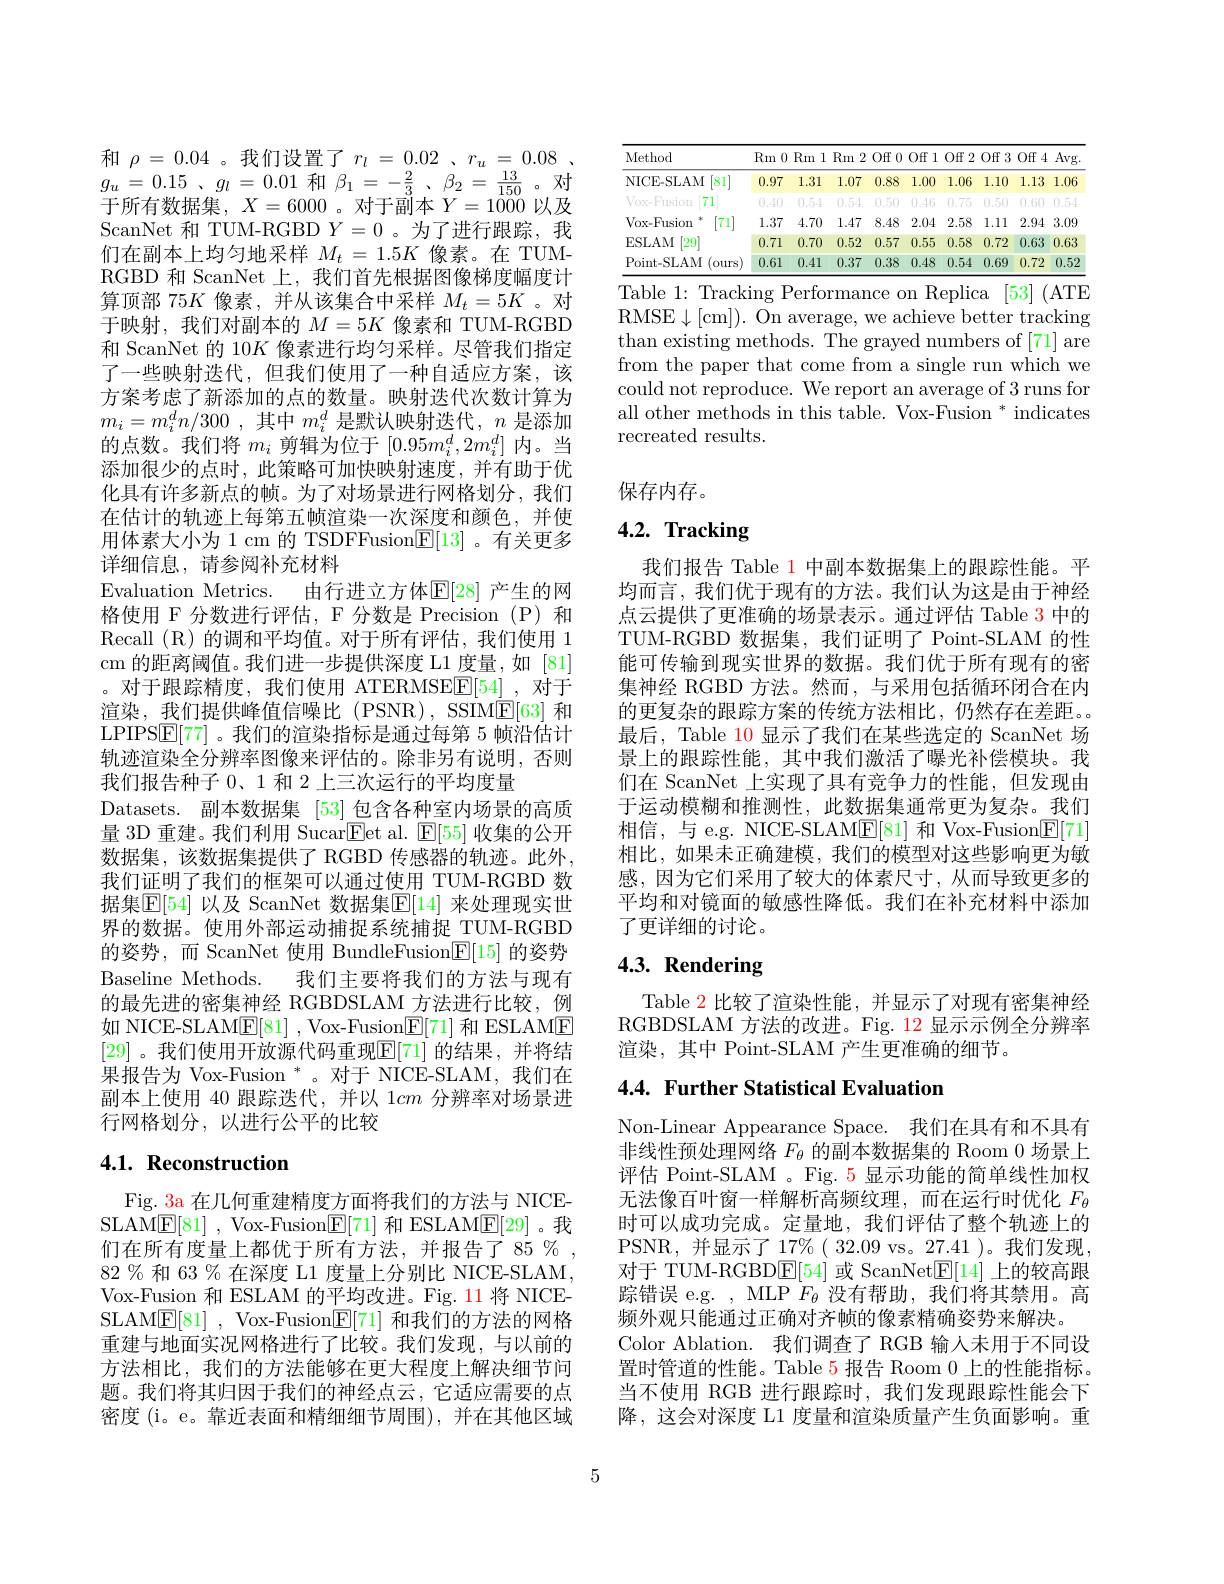
和$\rho=0.04$ 。我们设置了$r_l=0.02$ 、$r_u=0.08$ , $g_u= 0. 15$ $、 g_l$ = 0.01 和$\beta _1$ = $- \frac 23$ , $\beta _2$ = $\frac {13}{150}$ 。对于所有数据集，$X=6000$ 。对于副本$Y=1000$以及ScanNet 和 TUM-RGBD $Y=0$ 。为了进行跟踪，我们在副本上均匀地采样$M_t=1.5K$像素。在 TUMRGBD 和 ScanNet 上，我们首先根据图像梯度幅度计算顶部 75$K$像素，并从该集合中采样$M_t=5K$ 。对于映射，我们对副本的$M=5K$像素和 TUM-RGBD 和 ScanNet 的 10$K$像素进行均匀采样。尽管我们指定了一些映射迭代，但我们使用了一种自适应方案，该方案考虑了新添加的点的数量。映射迭代次数计算为$m_{i}= m_{i}^dn/ 300$ ,其中$m_i^d$ 是默认映射迭代，$n$ 是添加的点数。我们将$m_i$剪辑为位于$[0.95m_i^d,2m_i^d]$内。当添加很少的点时，此策略可加快映射速度，并有助于优化具有许多新点的帧。为了对场景进行网格划分，我们在估计的轨迹上每第五帧渲染一次深度和颜色，并使用体素大小为 1 cm 的 TSDFFusion$\boxed{\mathrm{E}}[13]$ 。有关更多详细信息，请参阅补充材料
Evaluation Metrics. 由行进立方体$\mathbb{E}[28]$ 产生的网格使用 F 分数进行评估，F 分数是 Precision (P)和Recall (R)的调和平均值。对于所有评估，我们使用 1 cm 的距离阈值。我们进一步提供深度 L1 度量，如[81] 。对于跟踪精度，我们使用 ATERMSE$\mathbb{E}[54]$ ,对于渲染，我们提供峰值信噪比 (PSNR), SSIM$\underline{\mathrm{E}}[63]$和LPIPS$\mathbb{E}[77]$。我们的渲染指标是通过每第 5 帧沿估计轨迹渲染全分辨率图像来评估的。除非另有说明，否则我们报告种子 0、1 和 2 上三次运行的平均度量
Datasets. 副本数据集 [53]包含各种室内场景的高质量 3D 重建。我们利用 Sucar$\boxed{\mathrm{Fet~al. ~}}\mathbb{E} [ 55]$收集的公开数据集，该数据集提供了 RGBD 传感器的轨迹。此外我们证明了我们的框架可以通过使用 TUM-RGBD 数据集$\overline{\mathbb{E}}[54]$ 以及 ScanNet 数据集$\mathbb{E}[14]$ 来处理现实世界的数据。使用外部运动捕捉系统捕捉 TUM-RGBD 的姿势，而 ScanNet 使用 BundleFusion$\underline{\mathrm{E}}[15]$的姿势Baseline Methods. 我们主要将我们的方法与现有的最先进的密集神经 RGBDSLAM 方法进行比较，例如 NICE-SLAM$\underline{\mathrm{E}}[81]$ , Vox-Fusion$\underline{\mathrm{E}}[71]$和 ESLAME [29] 。我们使用开放源代码重现$\mathbb{E}[71]$ 的结果，并将结果报告为 Vox-Fusion *。对于 NICE-SLAM,我们在副本上使用 40 跟踪迭代，并以 1$cm$分辨率对场景进行网格划分，以进行公平的比较

# 4.1. Reconstruction

Fig. 3a 在几何重建精度方面将我们的方法与 NICESLAM$\underline {\mathrm{E} }[ 81]$ , Vox-Fusion$\underline{\mathrm{E}}[71]$和 ESLAM$\underline{\mathrm{E}}[29]$。我们在所有度量上都优于所有方法，并报告了$85\%$, $82\%$和 63 % 在深度 L1 度量上分别比 NICE-SLAM, Vox-Fusion 和 ESLAM 的平均改进。Fig. 11 将 NICESLAM$\underline {\mathrm{E} }[ 81]$ , Vox-Fusion$\underline{\mathrm{E}}[71]$和我们的方法的网格重建与地面实况网格进行了比较。我们发现，与以前的方法相比，我们的方法能够在更大程度上解决细节问题。我们将其归因于我们的神经点云，它适应需要的点密度 (i。e。靠近表面和精细细节周围),并在其他区域

<table>
	<tbody>
		<tr>
			<th rowspan="2">Method NICE-SLAM [81]</th>
			<th>$Rm$ 0</th>
			<th>$Rm$ 1</th>
			<th>$Rm$ 2</th>
			<th>Off 0 $Y$ , </th>
			<th>Off 1 1 1</th>
			<th>$Off2$</th>
			<th>$Off3$</th>
			<th>Off 4 1, </th>
			<th>Avg</th>
		</tr>
		<tr>
			<th>0.97</th>
			<th>1.31</th>
			<th>1.07</th>
			<th>0.88</th>
			<th>1.00</th>
			<th>1.06</th>
			<th>1.10</th>
			<th>1.13</th>
			<th>1.06</th>
		</tr>
		<tr>
			<td>$V_{0X}=F_{11S}iO\Pi$ 71</td>
			<td>(),4()</td>
			<td>0.54</td>
			<td>0.54</td>
			<td>(0.5()</td>
			<td>0 46</td>
			<td>$\begin{pmatrix}0,75\\0\end{pmatrix}$</td>
			<td>().5()</td>
			<td>0.60</td>
			<td> </td>
		</tr>
		<tr>
			<td>Vox-Fusion 71</td>
			<td>1.37</td>
			<td>4.70</td>
			<td>1.47</td>
			<td>8.48</td>
			<td>2.04</td>
			<td>2.58</td>
			<td>1.11</td>
			<td>2.94</td>
			<td>3.09</td>
		</tr>
		<tr>
			<td>ESLAM $\left[29\right]$</td>
			<td>0.71</td>
			<td>0.70</td>
			<td>0.52</td>
			<td>0.57</td>
			<td>0.55</td>
			<td>0.58</td>
			<td>0.72</td>
			<td>0.63</td>
			<td>0.63</td>
		</tr>
		<tr>
			<td>Point-SLAM (ours)</td>
			<td>0.61</td>
			<td>0.41</td>
			<td>0.37</td>
			<td>0.38</td>
			<td>0.48</td>
			<td>0.54</td>
			<td>0.69</td>
			<td>0.72</td>
			<td>0.52</td>
		</tr>
	</tbody>
</table>
Table 1: Tracking Performance on Replica [53] (ATE

RMSE$\downarrow[$cm]). On average, we achieve better tracking than existing methods. The grayed numbers of [71] are from the paper that come from a single run which we could not reproduce. We report an average of 3 runs for all other methods in this table. Vox-Fusion * indicates recreated results.

保存内存。

# 4.2. Tracking

我们报告 Table 1 中副本数据集上的跟踪性能。平均而言，我们优于现有的方法。我们认为这是由于神经点云提供了更准确的场景表示。通过评估 Table 3 中的TUM-RGBD 数据集，我们证明了 Point-SLAM 的性能可传输到现实世界的数据。我们优于所有现有的密集神经 RGBD 方法。然而，与采用包括循环闭合在内的更复杂的跟踪方案的传统方法相比，仍然存在差距。。最后，Table 10 显示了我们在某些选定的 ScanNet 场景上的跟踪性能，其中我们激活了曝光补偿模块。我们在 ScanNet 上实现了具有竞争力的性能，但发现由于运动模糊和推测性，此数据集通常更为复杂。我们相信，与 e.g. NICE-SLAM$\mathbb{E}[81]$和 Vox-Fusion$\mathbb{E}[71]$ 相比，如果未正确建模，我们的模型对这些影响更为敏感，因为它们采用了较大的体素尺寸，从而导致更多的平均和对镜面的敏感性降低。我们在补充材料中添加了更详细的讨论。

# $4. 3. \textbf{ Rendering}$

Table 2 比较了渲染性能，并显示了对现有密集神经RGBDSLAM 方法的改进。Fig. 12 显示示例全分辨率渲染，其中 Point-SLAM 产生更准确的细节。

## 4.4. Further Statistical Evaluation

Non-Linear Appearance Space. 我们在具有和不具有非线性预处理网络$F_{\theta}$的副本数据集的 Room 0 场景上评估 Point-SLAM 。Fig. 5 显示功能的简单线性加权无法像百叶窗一样解析高频纹理，而在运行时优化$F_{\theta}$ 时可以成功完成。定量地，我们评估了整个轨迹上的PSNR,并显示了17%( 32.09 vs。27.41 )。我们发现， 对于 TUM-RGBD$\underline{\mathrm{E}}[54]$或 ScanNet$\underline{\mathrm{E}}[14]$上的较高跟踪错误 e.g. , MLP $F_{\theta}$没有帮助，我们将其禁用。高频外观只能通过正确对齐帧的像素精确姿势来解决。
Color Ablation. 我们调查了 RGB 输人未用于不同设置时管道的性能。Table 5 报告 Room 0 上的性能指标。当不使用 RGB 进行跟踪时，我们发现跟踪性能会下降，这会对深度 L1 度量和渲染质量产生负面影响。重

5